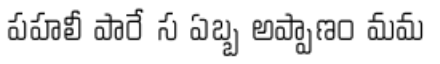
పహలీ పారే స ఏబ్బ అప్పాణం మమ